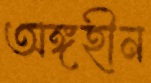
অঙ্গহীন